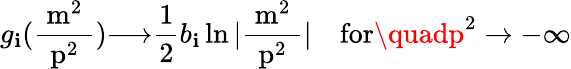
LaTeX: g_{\mathbf{i}}(\mathrm{{\frac{{~m^{2}~}}{{~p^{2}~}}}}){\longrightarrow}\frac{1}{2}b_{\mathbf{i}}\ln|\mathrm{{\frac{{~m^{2}~}}{{~p^{2}~}}}}|\quad\mathrm{{for}}\quadp^{2}\to-\infty